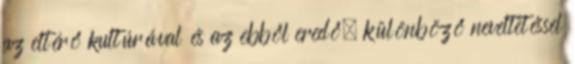
az eltérő kultúrával és az ebből eredő, különböző neveltetéssel